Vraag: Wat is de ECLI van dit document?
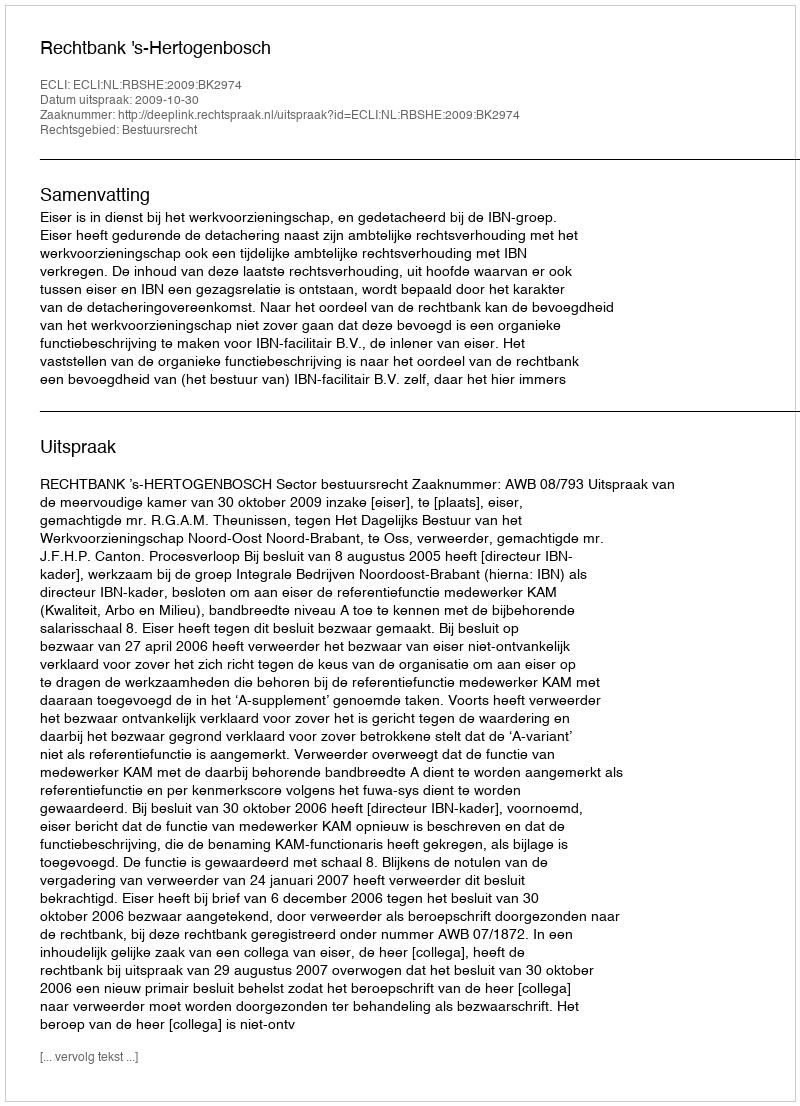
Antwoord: ECLI:NL:RBSHE:2009:BK2974